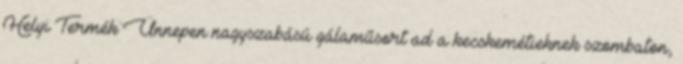
Helyi Termék Ünnepen nagyszabású gálaműsort ad a kecskemétieknek szombaton,